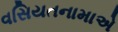
વસિયતનામાએ